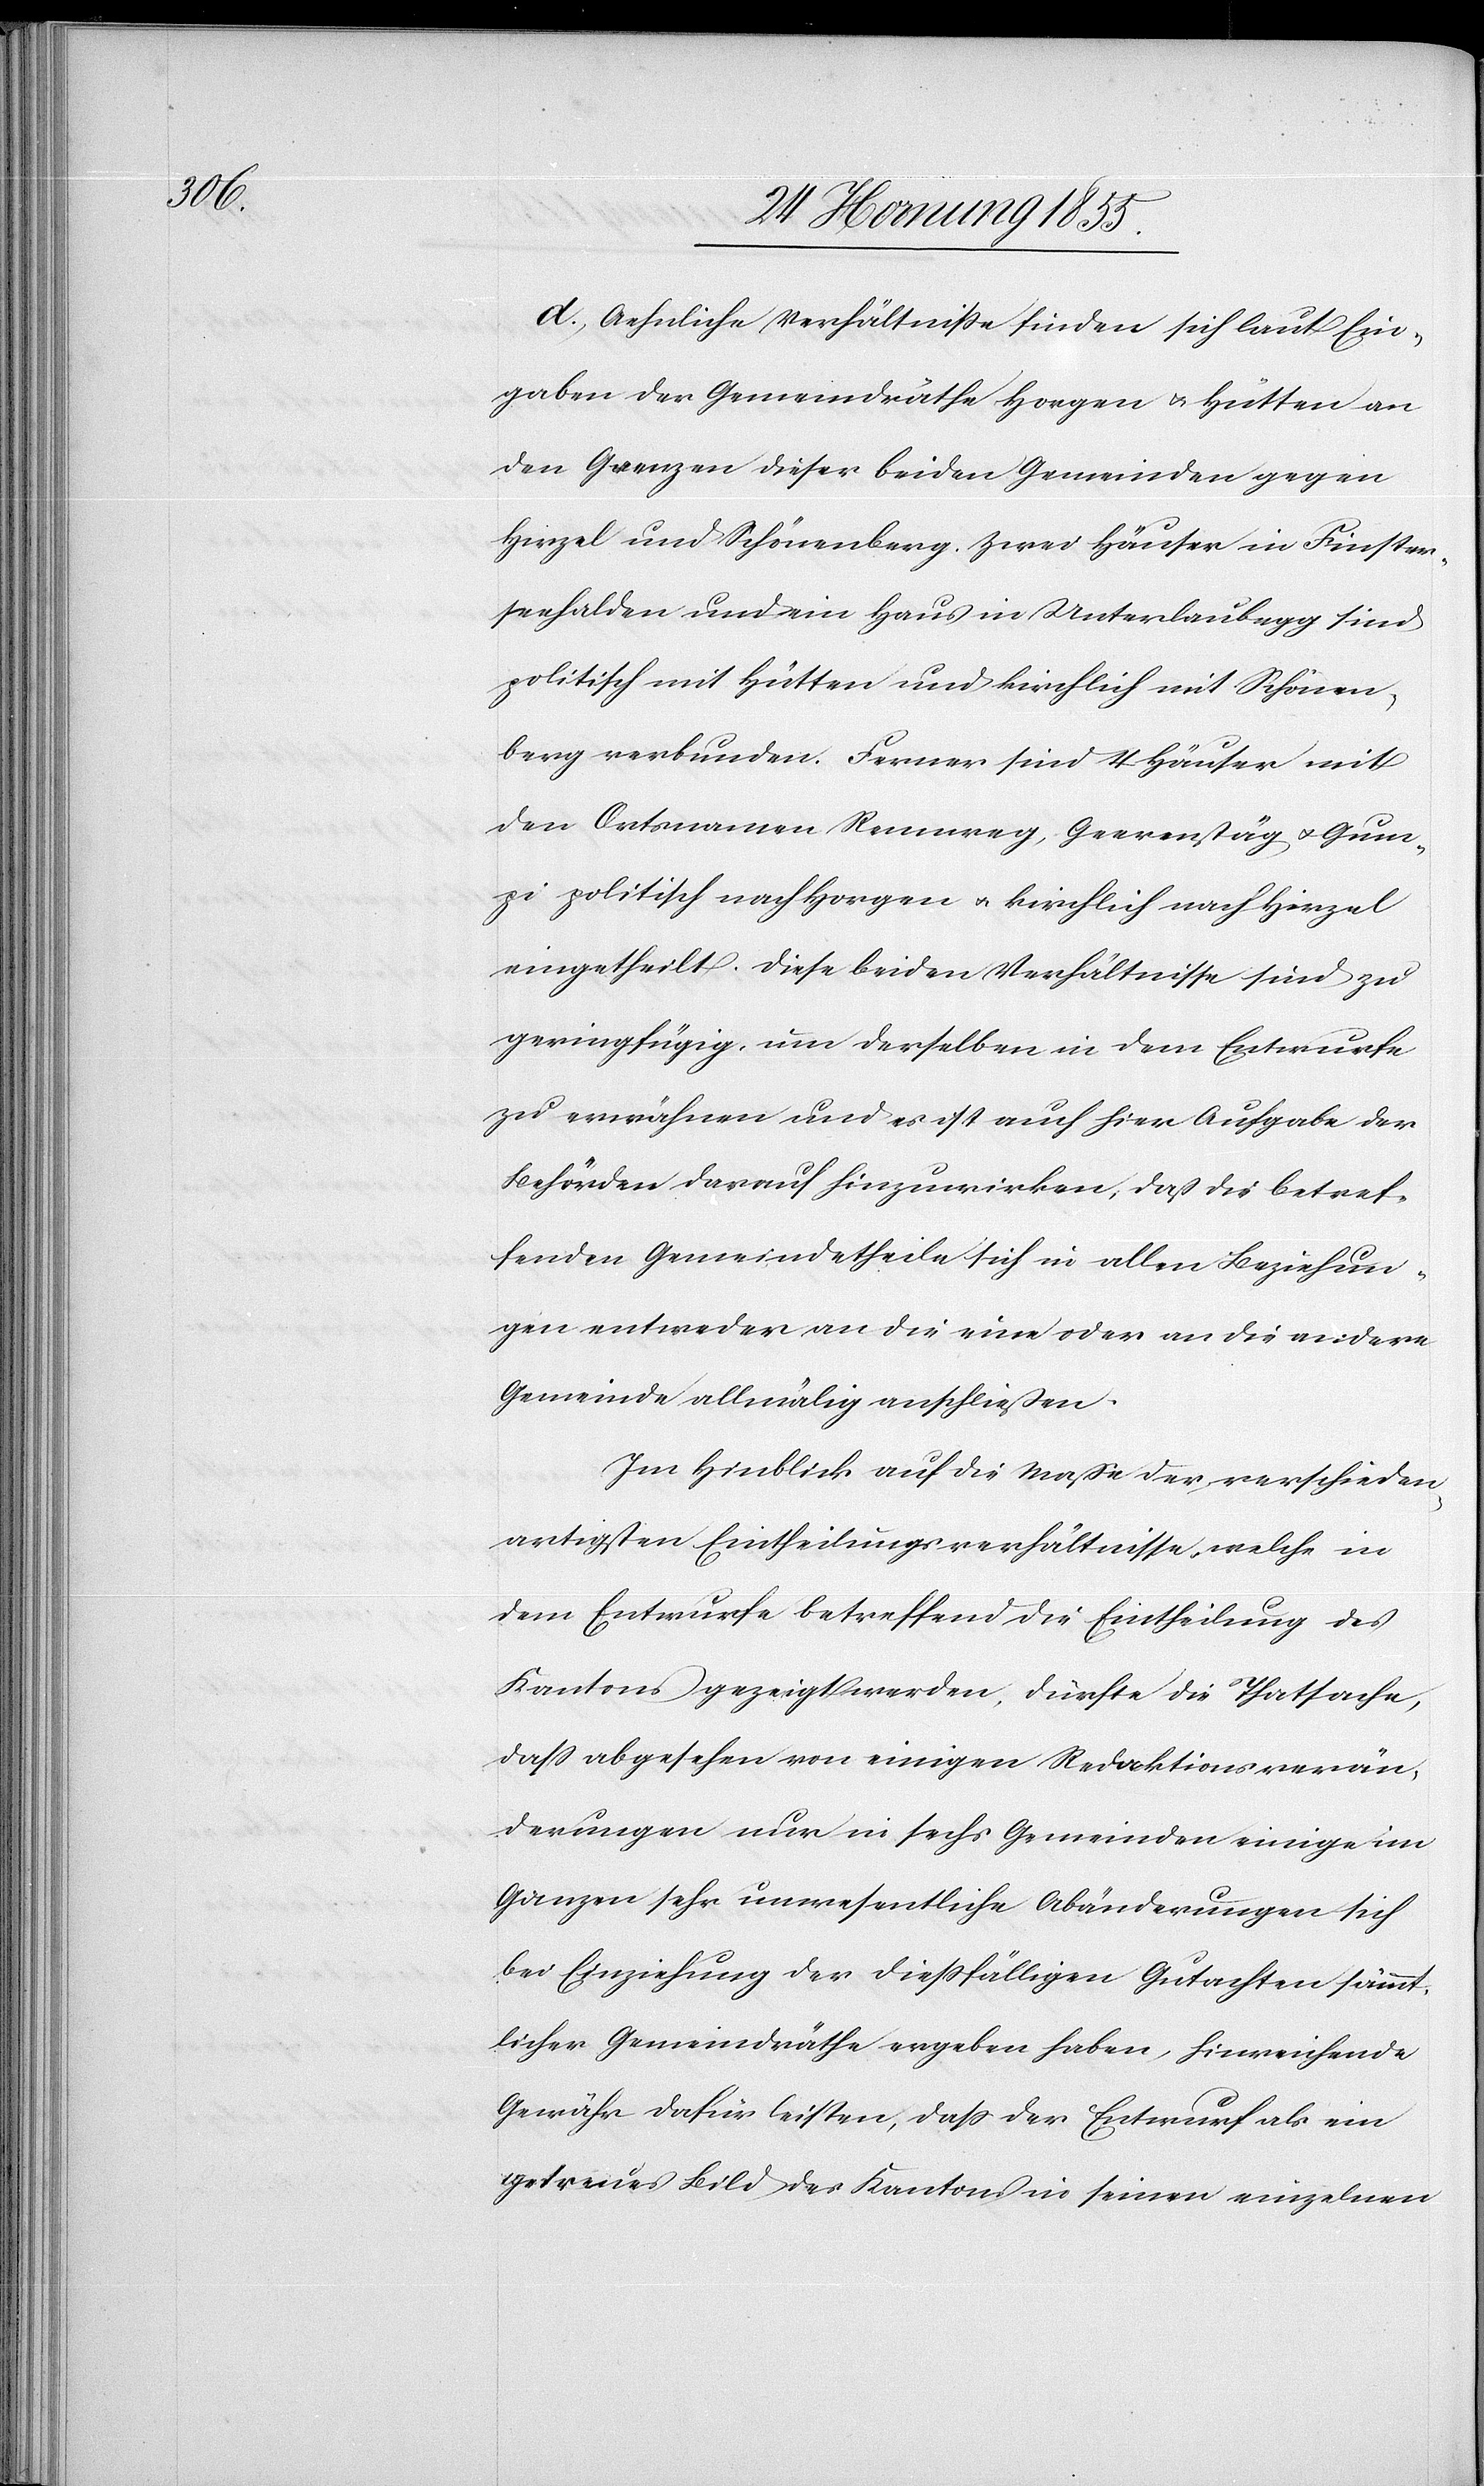
d., Aehnliche Verhältniße finden sich laut Ein¬
gaben der Gemeindräthe Horgen & Hütten an
den Grenzen dieser beiden Gemeinden gegen
Hirzel und Schönenberg. Zwei Häuser in Finster¬
seehalden und ein Haus in Unterlaubegg sind
politisch mit Hütten und kirchlich mit Schönen¬
berg verbunden. Ferner sind 4 Häuser mit
den Ortsnamen Rennweg, Geerenstäg & Gum¬
pi politisch nach Horgen & kirchlich nach Hirzel
eingetheilt. Diese beiden Verhältnisse sind zu
geringfügig, um derselben in dem Entwurfe
zu erwähnen und es ist auch hier Aufgabe der
Behörden darauf hinzuwirken, daß die betref¬
fenden Gemeindetheile sich in allen Beziehun¬
gen entweder an die eine oder an die andere
Gemeinde allmälig anschließen.
Im Hinblick auf die Masse der verschieden¬
artigsten Eintheilungsverhältnisse, welche in
dem Entwurfe betreffend die Eintheilung des
Kantons gezeigt werden, dürfte die Thatsache,
dass abgesehen von einigen Redaktionsverän¬
derungen nur in sechs Gemeinden einige im
Ganzen sehr unwesentliche Abänderungen sich
bei Einziehung der diessfälligen Gutachten sämmt¬
licher Gemeindräthe ergeben haben, hinreichende
Gewähr dafür leisten, dass der Entwurf als ein
getreues Bild des Kantons in seinen einzelnen